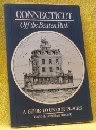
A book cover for Connecticut (Insiders Guide: Off the Beaten Path); David James Ritchie; Travel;